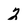
Character: 2